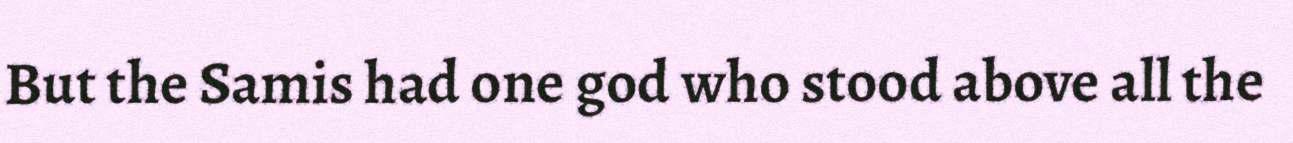
But the Samis had one god who stood above all the